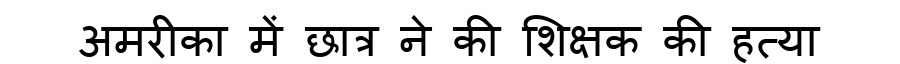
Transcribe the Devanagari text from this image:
अमरीका में छात्र ने की शिक्षक की हत्या